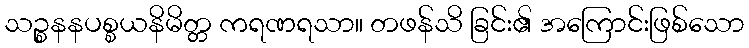
သဉ္စနနပစ္စယနိမိတ္တ ကရဏရသာ။ တဖန်သိ ခြင်း၏ အကြောင်းဖြစ်သော